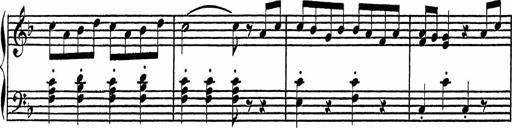
Title: 4 Piano Sonatinas
Composer: Adam Geibel